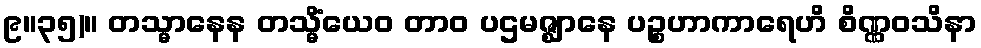
၉။၃၅)။ တသ္မာနေန တသ္မိံယေဝ တာဝ ပဌမဇ္ဈာနေ ပဉ္စဟာကာရေဟိ စိဏ္ဏဝသိနာ